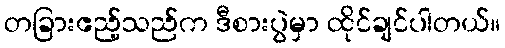
တခြားဧည့်သည်က ဒီစားပွဲမှာ ထိုင်ချင်ပါတယ်။